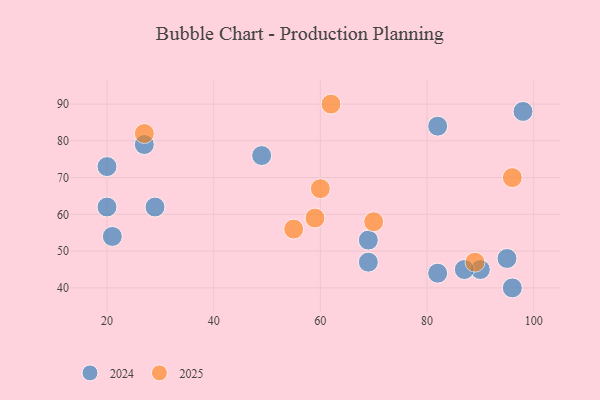
{"axis": {"x": "GDP", "y": "Life Expectancy"}, "legend": ["2024", "2025"], "data": [{"x": "20", "y": 73, "type": "2024"}, {"x": "29", "y": 62, "type": "2024"}, {"x": "95", "y": 48, "type": "2024"}, {"x": "21", "y": 54, "type": "2024"}, {"x": "90", "y": 45, "type": "2024"}, {"x": "82", "y": 44, "type": "2024"}, {"x": "87", "y": 45, "type": "2024"}, {"x": "96", "y": 40, "type": "2024"}, {"x": "98", "y": 88, "type": "2024"}, {"x": "20", "y": 62, "type": "2024"}, {"x": "82", "y": 84, "type": "2024"}, {"x": "69", "y": 47, "type": "2024"}, {"x": "49", "y": 76, "type": "2024"}, {"x": "69", "y": 53, "type": "2024"}, {"x": "27", "y": 79, "type": "2024"}, {"x": "70", "y": 58, "type": "2025"}, {"x": "60", "y": 67, "type": "2025"}, {"x": "96", "y": 70, "type": "2025"}, {"x": "27", "y": 82, "type": "2025"}, {"x": "89", "y": 47, "type": "2025"}, {"x": "62", "y": 90, "type": "2025"}, {"x": "55", "y": 56, "type": "2025"}, {"x": "59", "y": 59, "type": "2025"}]}